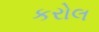
કરોલ